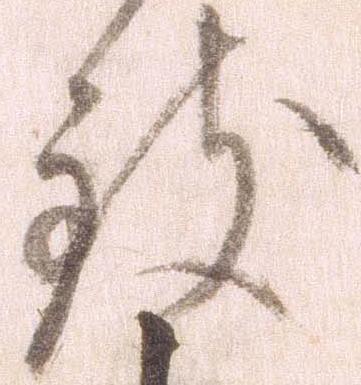
致